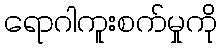
ရောဂါကူးစက်မှုကို